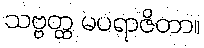
သဗ္ဗတ္ထ မပရာဇိတာ။